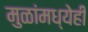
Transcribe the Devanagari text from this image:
मुळांमध्येही